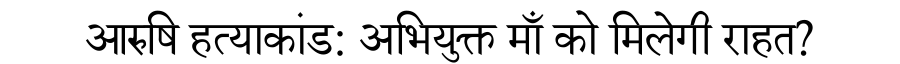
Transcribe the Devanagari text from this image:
आरुषि हत्याकांड: अभियुक्त माँ को मिलेगी राहत?